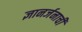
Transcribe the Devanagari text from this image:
ज्ञानर्जनाची